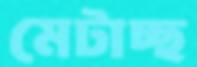
মেটাচ্ছ